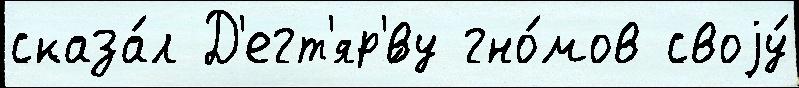
сказа́л Д'егт'яр'́ву гно́мов своjу́